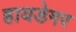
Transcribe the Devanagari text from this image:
हायडेगर